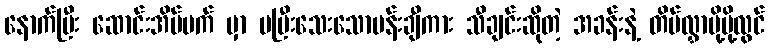
နောက်ပြီး ဆောင်းအိပ်မက် မှာ မပြီးသေးသောပန်းချီကား သီချင်းဆိုတဲ့ အခန်းနဲ့ တိမ်လွှာမို့မို့လွင်